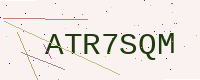
Text: ATR7SQM